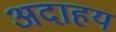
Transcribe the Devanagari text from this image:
अदाहय